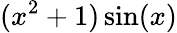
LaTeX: (x^{2}+1)\sin(x)